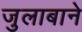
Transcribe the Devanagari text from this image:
जुलाबाने